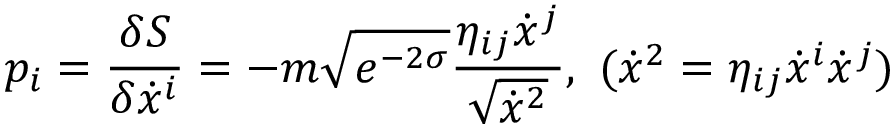
p _ { i } = \frac { \delta S } { \delta \dot { x } ^ { i } } = - m \sqrt { e ^ { - 2 \sigma } } \frac { \eta _ { i j } \dot { x } ^ { j } } { \sqrt { \dot { x } ^ { 2 } } } , ~ ( \dot { x } ^ { 2 } = \eta _ { i j } \dot { x } ^ { i } \dot { x } ^ { j } )